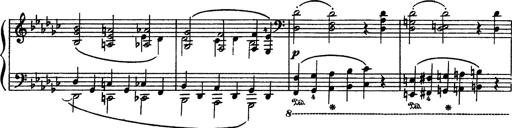
Title: Sarabande und Chaconne aus dem Singspiel
Composer: Franz Liszt